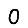
Digit: 0